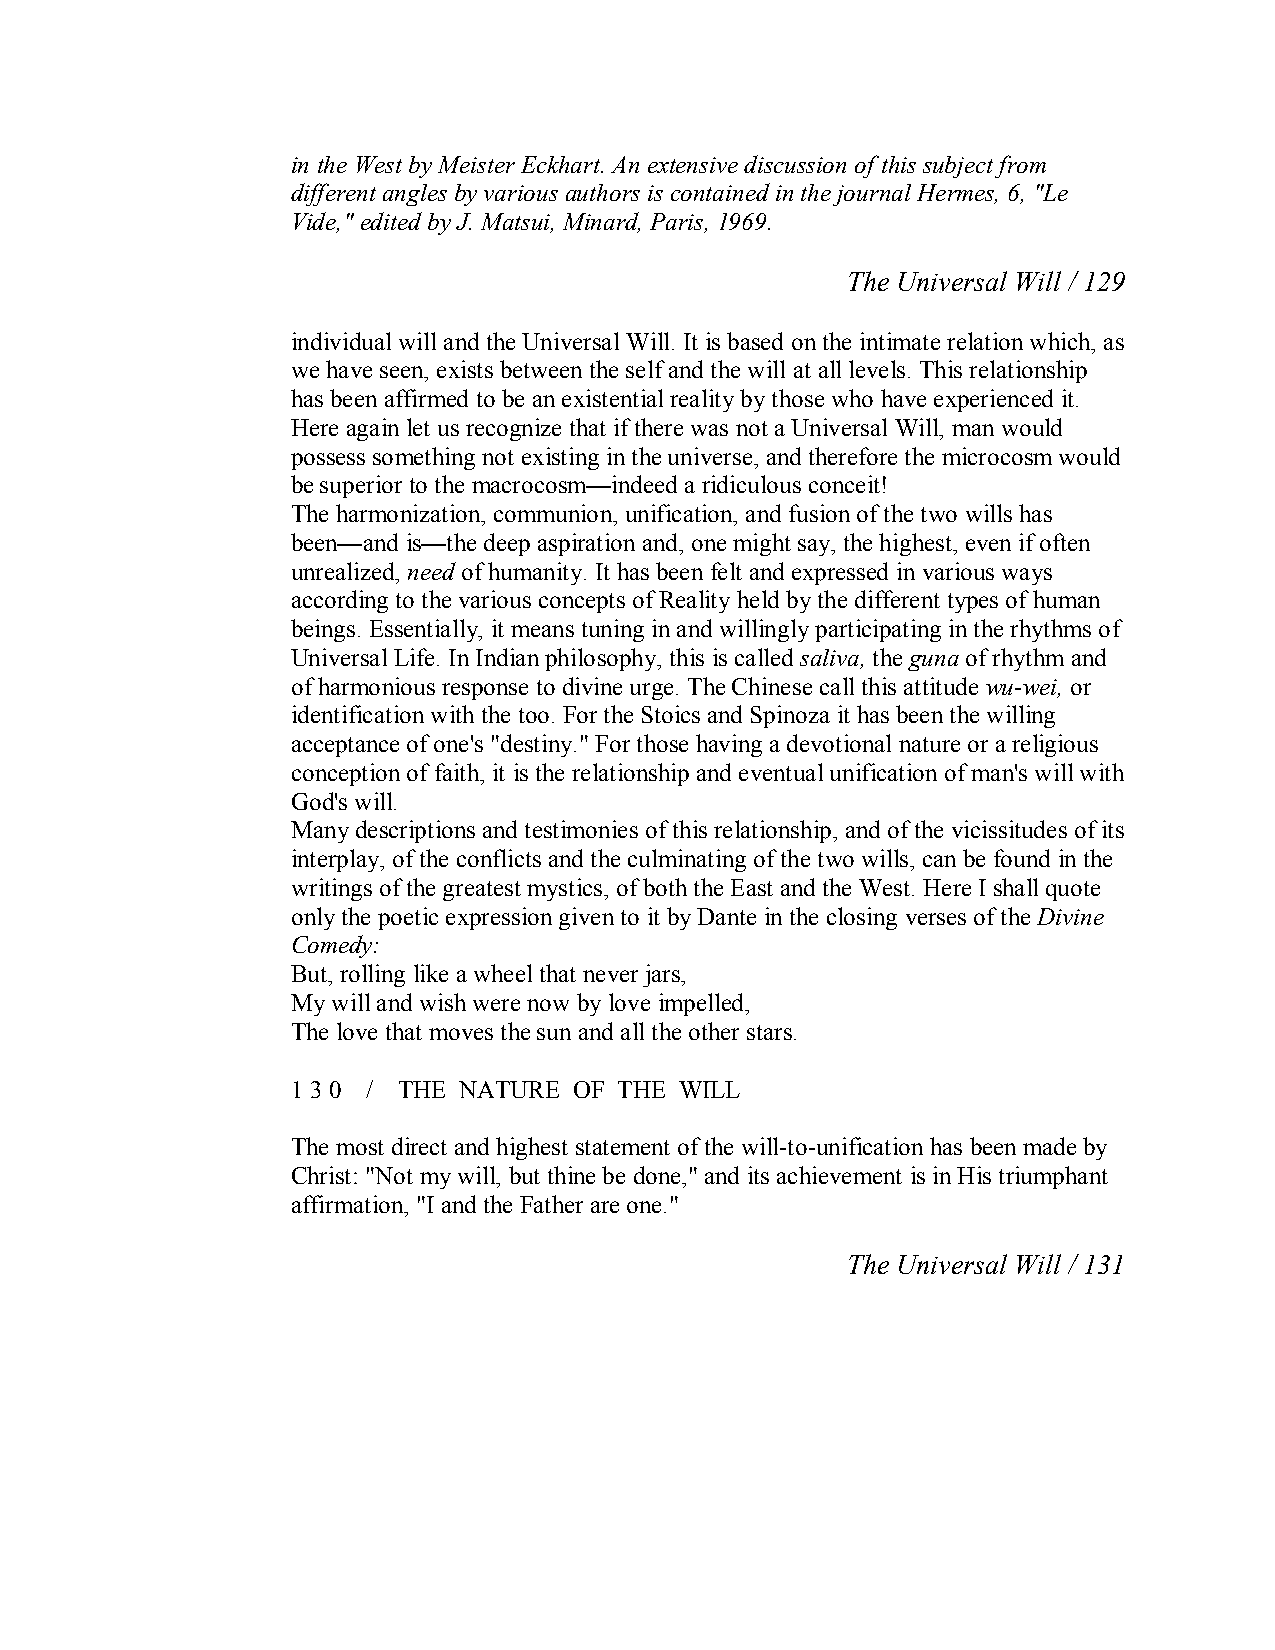
in the West by Meister Eckhart. An extensive discussion of this subject from
 different angles by various authors is contained in the journal Hermes, 6, "Le
 Vide," edited by J. Matsui, Minard, Paris, 1969.
 The Universal Will / 129
 individual will and the Universal Will. It is based on the intimate relation which, as
 we have seen, exists between the self and the will at all levels. This relationship
 has been affirmed to be an existential reality by those who have experienced it.
 Here again let us recognize that if there was not a Universal Will, man would
 possess something not existing in the universe, and therefore the microcosm would
 be superior to the macrocosm—indeed a ridiculous conceit!
 The harmonization, communion, unification, and fusion of the two wills has
 been—and is—the deep aspiration and, one might say, the highest, even if often
 unrealized, need of humanity. It has been felt and expressed in various ways
 according to the various concepts of Reality held by the different types of human
 beings. Essentially, it means tuning in and willingly participating in the rhythms of
 Universal Life. In Indian philosophy, this is called saliva,the gunaof rhythm and
 of harmonious response to divine urge. The Chinese call this attitude wu­wei, or
 identification with the too. For the Stoics and Spinoza it has been the willing
 acceptance of one's "destiny." For those having a devotional nature or a religious
 conception of faith, it is the relationship and eventual unification of man's will with
 God's will.
 Many descriptions and testimonies of this relationship, and of the vicissitudes of its
 interplay, of the conflicts and the culminating of the two wills, can be found in the
 writings of the greatest mystics, of both the East and the West. Here I shall quote
 only the poetic expression given to it by Dante in the closing verses of the Divine
 Comedy:
 But, rolling like a wheel that never jars,
 My will and wish were now by love impelled,
 The love that moves the sun and all the other stars.
 1 3 0 / THE NATURE OF THE WILL
 The most direct and highest statement of the will­to­unification has been made by
 Christ: "Not my will, but thine be done," and its achievement is in His triumphant
 affirmation, "I and the Father are one."
 The Universal Will / 131